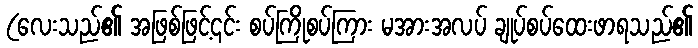
(လေးသည်၏ အဖြစ်ဖြင့်၎င်း စပ်ကြိုစပ်ကြား မအားအလပ် ချုပ်စပ်ထေးဖာရသည်၏